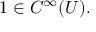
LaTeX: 1 \in C ^ { \infty } ( U ) .